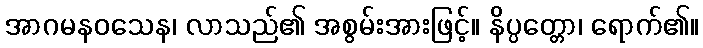
အာဂမနဝသေန၊ လာသည်၏ အစွမ်းအားဖြင့်။ နိပ္ပတ္တော၊ ရောက်၏။